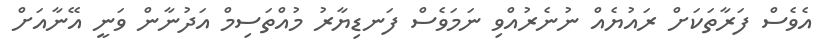
އެވެސް ފަރާތަކަށް ރައުޔެއް ނުނެރުއްވި ނަމަވެސް ފަނޑިޔާރު މުއްތަސިމް އަދުނާން ވަނީ އޭނާއަށް